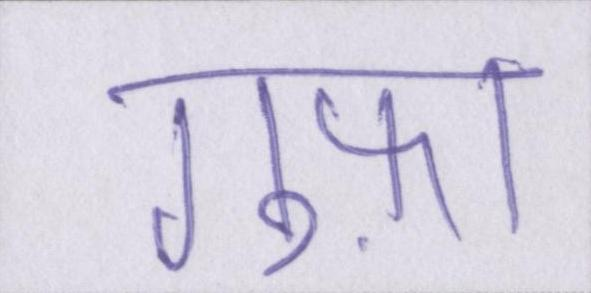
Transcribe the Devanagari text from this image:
गुफ़ा